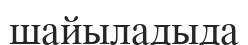
шайыладыда